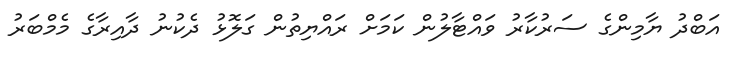
އަބްދު ޔާމިންގެ ސަރުކާރު ވައްޓާލުން ކަމަށް ރައްޔިތުން ގަލޮޅު ދެކުނު ދާއިރާގެ މެމްބަރު